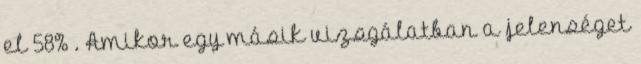
el 58% . Amikor egy másik vizsgálatban a jelenséget